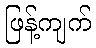
ဖြန့်ကျက်